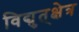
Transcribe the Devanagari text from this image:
विद्युत्‌क्षेत्र